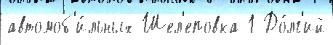
автомоб'и́льных Шел'еповка 1 До́лг'ий